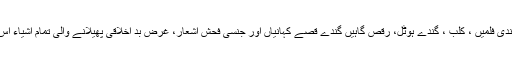
بدکاری کے اڈے سینما ہال، گندی فلمیں ، کلب ، گندے ہوٹل، رقص گاہیں گندے قصے کہانیاں اور جنسی فحش اشعار، غرض بد اخلاقی پھیلانے والی تمام اشیاء اس آیت کے عموم میں شامل ہیں۔